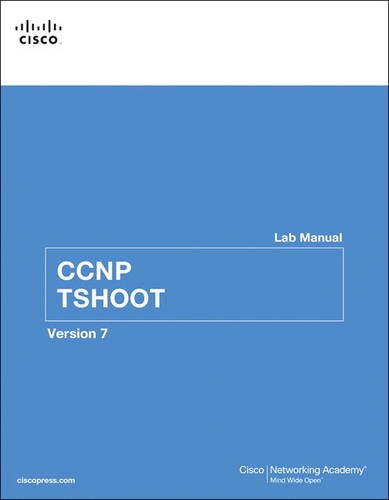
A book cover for CCNP TSHOOT Lab Manual ( Version 7 ) (Lab Companion); Cisco Networking Academy; Computers & Technology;